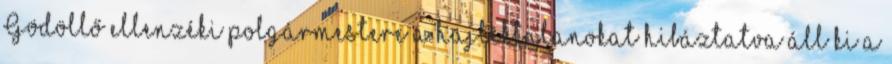
Gödöllő ellenzéki polgármestere a hajléktalanokat hibáztatva áll ki a